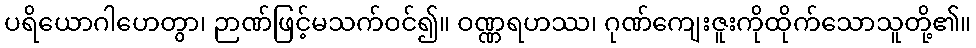
ပရိယောဂါဟေတွာ၊ ဉာဏ်ဖြင့်မသက်ဝင်၍။ ဝဏ္ဏရဟဿ၊ ဂုဏ်ကျေးဇူးကိုထိုက်သောသူတို့၏။